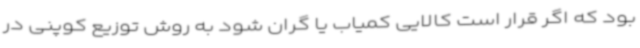
بود که اگر قرار است کالایی کمیاب یا گران شود به روش توزیع کوپنی در